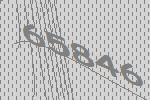
65846